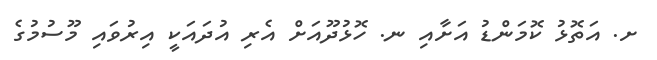
ށ. އަތޮޅު ކޮމަންޑު އަށާއި ނ. ހޮޅުދޫއަށް އެރި އުދައަކީ އިރުވައި މޫސުމުގެ